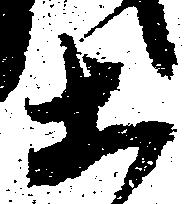
等